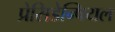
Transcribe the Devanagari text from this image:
प्रेसिडेन्षियल